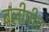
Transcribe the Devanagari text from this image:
बलीपीट